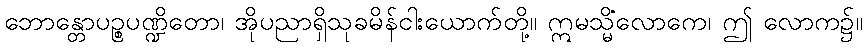
ဘောန္တောပဉ္စပဏ္ဍိတော၊ အိုပညာရှိသုခမိန်ငါးယောက်တို့။ ဣမသ္မိံလောကေ၊ ဤ လောက၌။